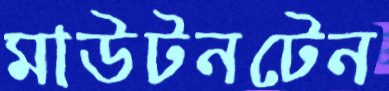
মাউটনটেন